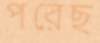
পরেছ